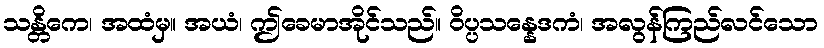
သန္တိကေ၊ အထံမှ။ အယံ၊ ဤခေမာအိုင်သည်။ ဝိပ္ပသန္နေဒကံ၊ အလွန်ကြည်လင်သော